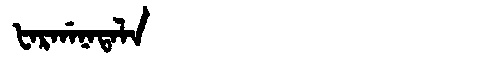
Manchu: ᡶᠠᡵᡤᠠᠨᠠᡨᠠᠯᠠ
Romanization: FARGANATALA